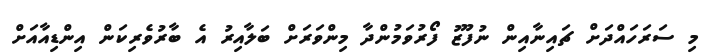
މި ސަރަހައްދަށް ޗައިނާއިން ނުފޫޒު ފޯރުވަމުންދާ މިންވަރަށް ބަލާއިރު އެ ބާރުވެރިކަން އިންޑިއާއަށް